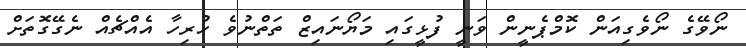
ނޯވޭގެ ނޯވެގިއަން ކޮމްޕެނީން ވަނީ ފުޅީގައި މަޔޯނައިޒް ތަތްނުވެ ހުރިހާ އެއްޗެއް ނެގޭގޮތަށް